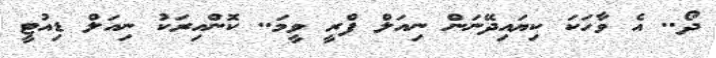
ދޯ.. އެ ވާހަކަ ކިޔައިދޭނަން ނިއަލް ފްރީ ވީމަ.. ކޮންއިރަކު ނިއަލް ޑިއުޓީ